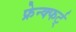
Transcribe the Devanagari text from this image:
फ्रेन्क्फर्ट्